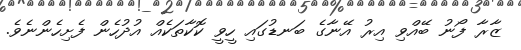
ޒާރާ ފޯނު ބޭއްވި އިރު އޭނާގެ ބަނޑުގައި ހީވީ ކޮކާތަކެއް އުދުހެން ފެށިހެންނެވެ.